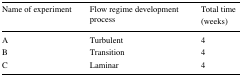
<table><thead><tr><td rowspan="2"><b>Name of experiment</b></td><td rowspan="2"><b>Flow regime development process</b></td><td><b>Total time</b></td></tr><tr><td><b>(weeks)</b></td></tr></thead><tbody><tr><td>A</td><td>Turbulent</td><td>4</td></tr><tr><td>B</td><td>Transition</td><td>4</td></tr><tr><td>C</td><td>Laminar</td><td>4</td></tr></tbody></table>